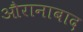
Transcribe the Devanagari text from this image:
औरानाबाद